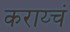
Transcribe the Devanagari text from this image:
कराय्चं